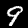
Digit: 9